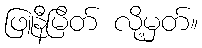
ဖြူနီမြိတ် လို့မှတ်။